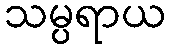
သမ္ပရာယ